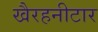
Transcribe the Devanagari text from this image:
खैरहनीटार